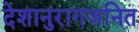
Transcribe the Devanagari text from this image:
देशानुरागजनित